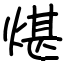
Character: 煁